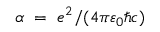
\alpha ~ = ~ e ^ { 2 } / ( 4 \pi \varepsilon _ { 0 } \hbar c )